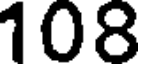
108